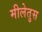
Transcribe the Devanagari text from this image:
मीलेतुस